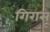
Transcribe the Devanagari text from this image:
गिरासू